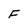
Character: F